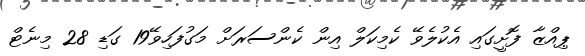
ޕިއްޒާ ފޮށީގައި އެކުލެވޭ ކެމިކަލް އިން ކެންސަރަށް މަގުފަހިވޭ19 ގަޑި 28 މިނެޓް